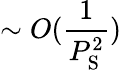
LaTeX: \sim O(\frac{1}{P_{\mathrm{S}}^{2}})